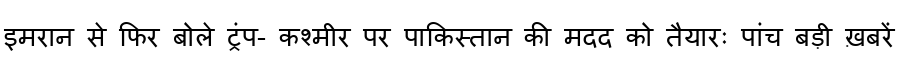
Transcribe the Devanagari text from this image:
इमरान से फिर बोले ट्रंप- कश्मीर पर पाकिस्तान की मदद को तैयारः पांच बड़ी ख़बरें